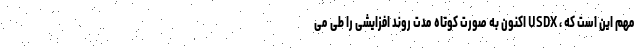
مهم این است که ، USDX اکنون به صورت کوتاه مدت روند افزایشی را طی می